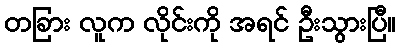
တခြား လူက လိုင်းကို အရင် ဦးသွားပြီ။